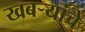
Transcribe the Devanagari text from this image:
खबऱ्यांचे